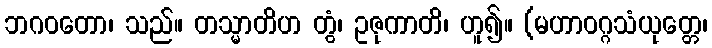
ဘဂဝတော၊ သည်။ တသ္မာတိဟ တွံ၊ ဥဇုကာတိ၊ ဟူ၍။ (မဟာဝဂ္ဂသံယုတ္တေ၊